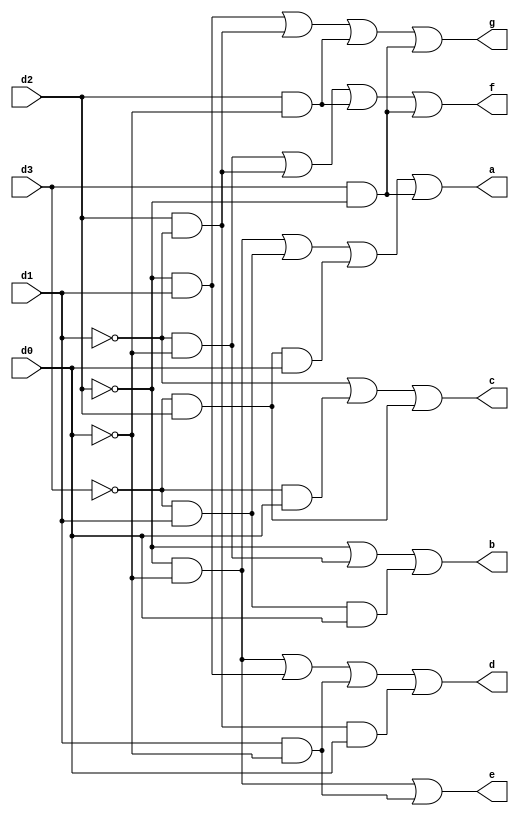
`timescale 1ns / 1ps
//////////////////////////////////////////////////////////////////////////////////
// Company: 
// Engineer: 
// 
// Design Name: 
// Module Name:    seven_seg 
// Project Name: 
// Target Devices: 
// Tool versions: 
// Description: 
//
// Dependencies: 
//
// Revision: 
// Revision 0.01 - File Created
// Additional Comments: 
//
//////////////////////////////////////////////////////////////////////////////////
module seven_seg( output a, b, c, d, e, f, g, input d3, d2, d1, d0 );

    assign a = ~d2 & ~d0 | ~d3 & d1 | ~d3 & d2 & d0 | d3 & ~d2;
    assign b = ~d2 | ~d1 & ~d0 | ~d3 & d1 & d0;
    assign c = ~d1 | ~d3 & d0 | ~d3 & d2;
    assign d = ~d2 & ~d0 | ~d2 & d1 | d1 & ~d0 | d2 & ~d1 & d0;
    assign e = ~d2 & ~d0 | d1 & ~d0;
    assign f = ~d1 & ~d0 | d2 & ~d1 | d2 & ~d0 | d3 & ~d2;
    assign g = ~d2 & d1 | d2 & ~d1 | d2 & ~d0 | d3 & ~d2;

endmodule